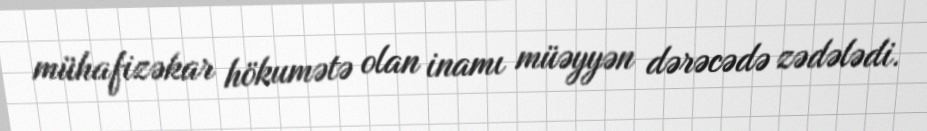
mühafizəkar hökumətə olan inamı müəyyən dərəcədə zədələdi.